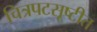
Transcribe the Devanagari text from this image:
चित्रपटसूष्टीत